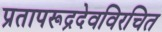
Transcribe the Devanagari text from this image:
प्रतापरूद्रदेवविरचित